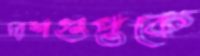
দাশগুপ্তকে